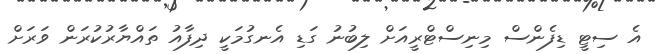
އެ ސިޓީ ޑިފެންސް މިނިސްޓްރީއަށް ލިބުނު ގަޑި އެނގުމަކީ ދިފާއު ތައްޔާރުކުރަން ވަރަށް